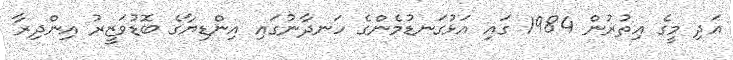
އަދި މީގެ އިތުރުން 1984 ގައި އަޅުގަނޑުމެންގެ ހަނދާނުގައި އިންޑިޔާގެ ބޮޑުވަޒީރު އިންދިރާ